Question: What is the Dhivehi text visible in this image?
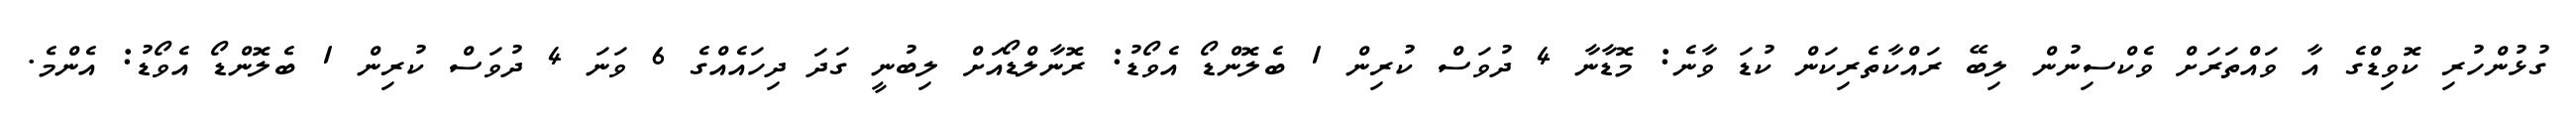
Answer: ގުޅުންހުރި ކޮވިޑްގެ އާ ވައްތަރަށް ވެކްސިނުން ލިބޭ ރައްކާތެރިކަން ކުޑަ ވާނެ: މޮޑާނާ 4 ދުވަސް ކުރިން 1 ބެލޮންޑޯ އެވޯޑު: ރޮނާލްޑޯއަށް ލިބުނީ ގަދަ ދިހައެއްގެ 6 ވަނަ 4 ދުވަސް ކުރިން 1 ބެލޮންޑޯ އެވޯޑު: އެންމެ.